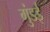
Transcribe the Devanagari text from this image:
गुंडई